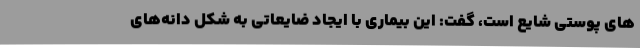
های پوستی شایع است، گفت: این بیماری با ایجاد ضایعاتی به شکل دانه‌های